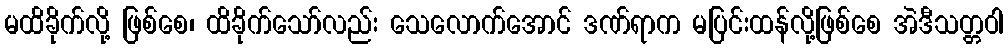
မထိခိုက်လို့ ဖြစ်စေ၊ ထိခိုက်သော်လည်း သေလောက်အောင် ဒဏ်ရာက မပြင်းထန်လို့ဖြစ်စေ အဲဒီသတ္တဝါ